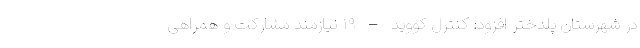
در شهرستان پلدختر افزود: کنترل کووید – ۱۹ نیازمند مشارکت و همراهی